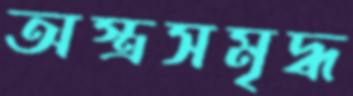
অস্ত্রসমৃদ্ধ